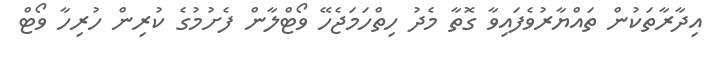
އިދާރާތަކުން ތައްޔާރުވެފައިވާ ގޮތާ މެދު ހިތްހަމަޖެހޭ ވޯޓްލާން ފެށުމުގެ ކުރިން ހުރިހާ ވޯޓް